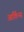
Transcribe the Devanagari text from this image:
आर्किन्स